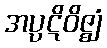
အပ္ပဋိဝိဇ္ဈံ